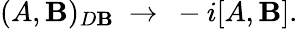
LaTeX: (A,\mathbf{B})_{D\mathbf{B}}\ \to\ -i[A,\mathbf{B}].